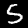
Digit: 5